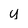
Character: y